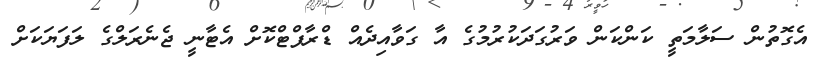
އެގޮތުން ސަލާމަތީ ކަންކަން ވަރުގަދަކުރުމުގެ އާ ގަވާއިދެއް ޑްރާފްޓްކޮށް އެޓާނީ ޖެނެރަލްގެ ލަފަޔަކަށް